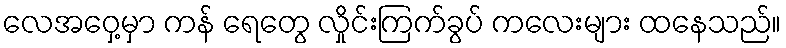
လေအဝှေ့မှာ ကန် ရေတွေ လှိုင်းကြက်ခွပ် ကလေးများ ထနေသည်။